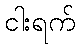
ငါးရက်